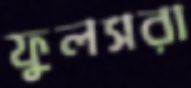
ফুলসরা